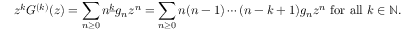
z ^ { k } G ^ { ( k ) } ( z ) = \sum _ { n \geq 0 } n ^ { \underline { { k } } } g _ { n } z ^ { n } = \sum _ { n \geq 0 } n ( n - 1 ) \dotsb ( n - k + 1 ) g _ { n } z ^ { n } { \mathrm { ~ f o r ~ a l l ~ } } k \in \mathbb { N } .